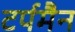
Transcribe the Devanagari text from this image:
टर्पमैन